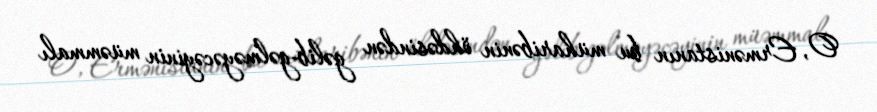
O, Ermənistanın bu müharibənin öhdəsindən gəlib-gəlməyəcəyinin müəmmalı